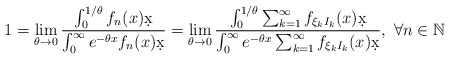
\begin{align*}1=\lim_{\theta\rightarrow 0} \frac{\int_0^{1/\theta} f_n(x) \d x}{\int_0^{\infty} e^{-\theta x} f_n(x) \d x}=\lim_{\theta\rightarrow 0} \frac{\int^{1/\theta}_0 \sum_{k=1}^\infty f_{\xi_k I_k}(x) \d x}{\int_0^{\infty} e^{-\theta x} \sum_{k=1}^{\infty} f_{\xi_k I_k}(x) \d x},~\forall n\in\mathbb{N}\end{align*}